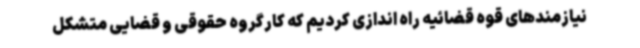
نیازمندهای قوه قضائیه راه اندازی کردیم که کارگروه حقوقی و قضایی متشکل